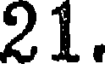
21.